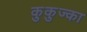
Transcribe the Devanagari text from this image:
कुकुज्का